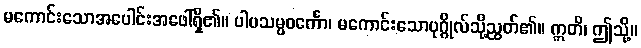
မကောင်းသောအပေါင်းအဖေါ်ရှိ၏။ ပါပသမ္ပဝင်္ကော၊ မကောင်းသောပုဂ္ဂိုလ်သို့ညွတ်၏။ ဣတိ၊ ဤသို့။